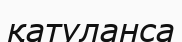
қатуланса